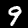
Digit: 9